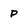
Character: P